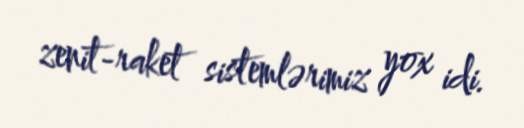
zenit-raket sistemlərimiz yox idi.